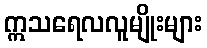
ဣသရေလလူမျိုးများ